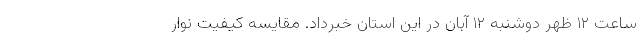
ساعت ۱۲ ظهر دوشنبه ۱۲ آبان در این استان خبرداد. مقایسه کیفیت نوار